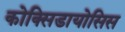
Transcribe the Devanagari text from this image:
कोक्सिडायोसिस